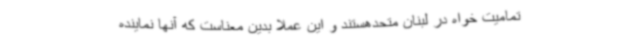
تمامیت خواه در لبنان متحدهستند و این عملا بدین معناست که آنها نماینده